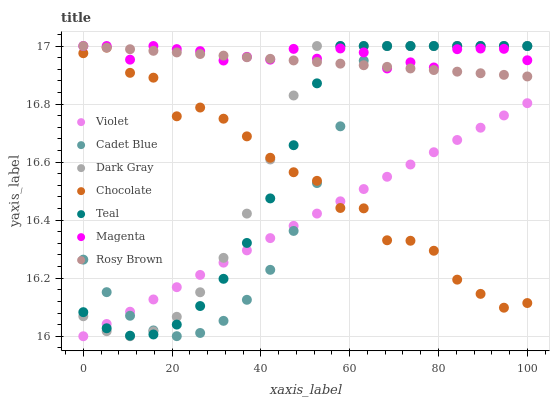
| xaxis_label | Violet | Cadet Blue | Dark Gray | Chocolate | Teal | Magenta | Rosy Brown |
 | --- | --- | --- | --- | --- | --- | --- | --- |
 | 0 | 16 | 16.3 | 16.1 | 17 | 16.1 | 17 | 17 |
 | 5.26 | 16 | 16.2 | 16 | 17 | 16 | 17 | 17 |
 | 10.5 | 16.1 | 16.1 | 16 | 16.9 | 16 | 17 | 17 |
 | 15.8 | 16.1 | 16 | 16 | 16.9 | 16 | 17 | 17 |
 | 21.1 | 16.2 | 16 | 16.1 | 16.8 | 16 | 17 | 17 |
 | 26.3 | 16.2 | 16 | 16.2 | 16.8 | 16.1 | 17 | 17 |
 | 31.6 | 16.3 | 16.1 | 16.3 | 16.7 | 16.2 | 16.9 | 17 |
 | 36.8 | 16.3 | 16.1 | 16.4 | 16.7 | 16.3 | 17 | 17 |
 | 42.1 | 16.3 | 16.2 | 16.6 | 16.6 | 16.5 | 17 | 17 |
 | 47.4 | 16.4 | 16.4 | 16.8 | 16.6 | 16.7 | 17 | 17 |
 | 52.6 | 16.4 | 16.5 | 17 | 16.5 | 16.9 | 17 | 16.9 |
 | 57.9 | 16.5 | 16.7 | 17 | 16.4 | 17 | 17 | 16.9 |
 | 63.2 | 16.5 | 16.9 | 17 | 16.4 | 17 | 17 | 16.9 |
 | 68.4 | 16.5 | 17 | 17 | 16.3 | 17 | 16.9 | 16.9 |
 | 73.7 | 16.6 | 17 | 17 | 16.3 | 17 | 16.9 | 16.9 |
 | 78.9 | 16.6 | 17 | 17 | 16.3 | 17 | 16.9 | 16.9 |
 | 84.2 | 16.7 | 17 | 17 | 16.2 | 17 | 17 | 16.9 |
 | 89.5 | 16.7 | 17 | 17 | 16.1 | 17 | 17 | 16.9 |
 | 94.7 | 16.8 | 17 | 17 | 16.1 | 17 | 17 | 16.9 |
 | 100 | 16.8 | 17 | 17 | 16.1 | 17 | 17 | 16.9 |